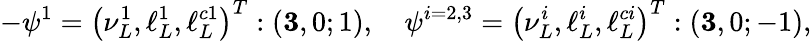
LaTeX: -\psi^{1}=\left(\nu_{L}^{1},\ell_{L}^{1},\ell_{L}^{c1}\right)^{T}:\left({\mathbf 3},0;1\right),\quad\psi^{i=2,3}=\left(\nu_{L}^{i},\ell_{L}^{i},\ell_{L}^{ci}\right)^{T}:\left({\mathbf 3},0;-1\right),